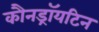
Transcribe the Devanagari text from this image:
कौनड्रॉयटिन